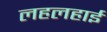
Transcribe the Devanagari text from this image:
लहलहाई